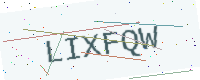
Text: LIXFQW